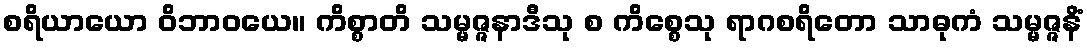
စရိယာယော ဝိဘာဝယေ။ ကိစ္စာတိ သမ္မဇ္ဇနာဒီသု စ ကိစ္စေသု ရာဂစရိတော သာဓုကံ သမ္မဇ္ဇနိံ